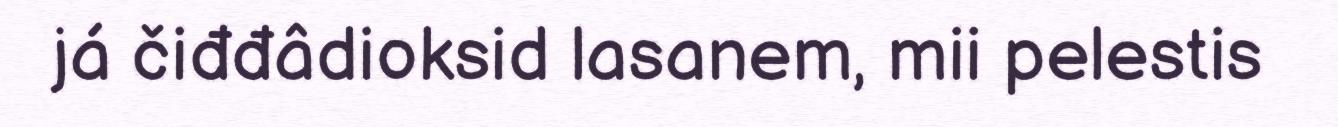
já čiđđâdioksid lasanem, mii pelestis